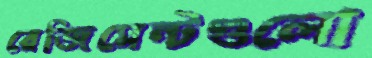
রেজিমেন্টগুলো